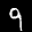
Label: 9